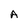
Character: A